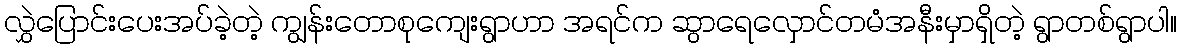
လွှဲပြောင်းပေးအပ်ခဲ့တဲ့ ကျွန်းတောစုကျေးရွာဟာ အရင်က ဆွာရေလှောင်တမံအနီးမှာရှိတဲ့ ရွာတစ်ရွာပါ။